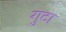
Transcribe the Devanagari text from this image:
गुटा